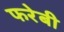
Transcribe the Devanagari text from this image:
फरेबी